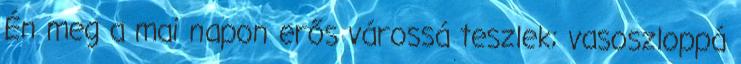
Én meg a mai napon erős várossá teszlek; vasoszloppá